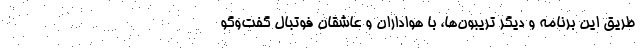
طریق این برنامه و دیگر تریبون‌ها، با هواداران و عاشقان فوتبال گفت‌وگو